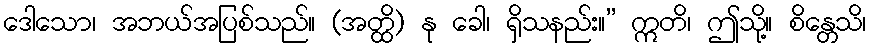
ဒေါသော၊ အဘယ်အပြစ်သည်။ (အတ္ထိ) နု ခေါ၊ ရှိသနည်း။” ဣတိ၊ ဤသို့။ စိန္တေသိ၊